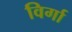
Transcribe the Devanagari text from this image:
विर्गा